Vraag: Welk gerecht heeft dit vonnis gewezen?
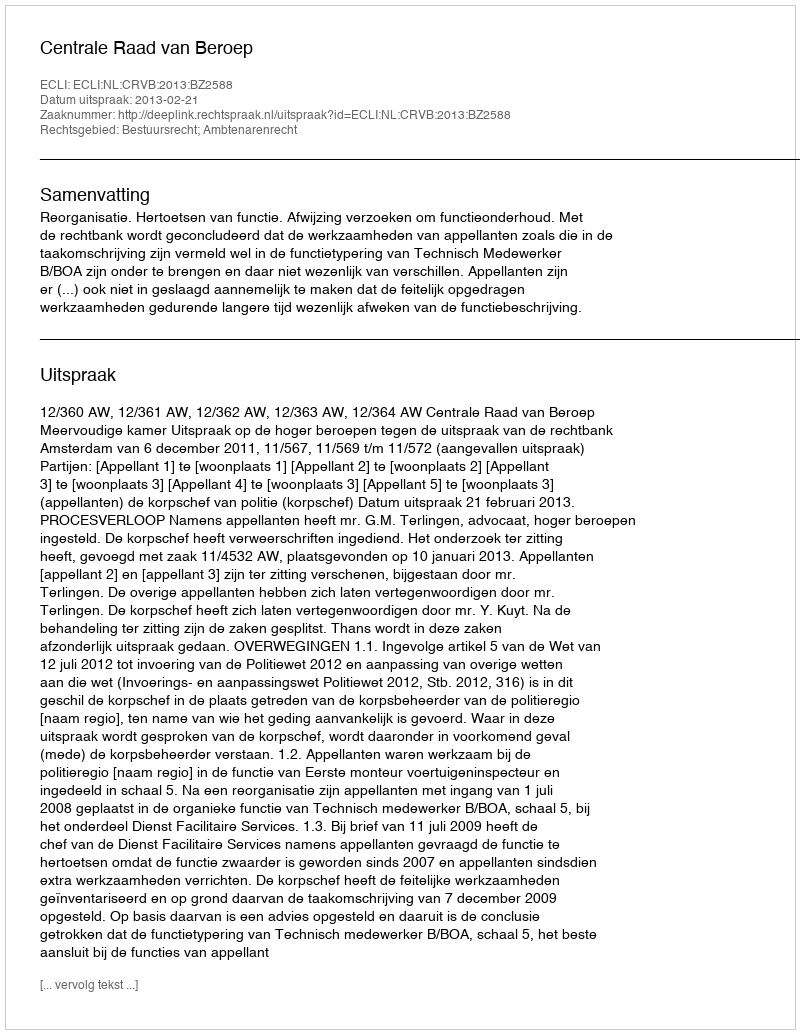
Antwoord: Centrale Raad van Beroep